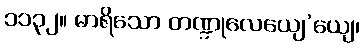
၁၁၃၂။ မာရိသော တဏ္ဍုလေယျေ’ယျေ၊